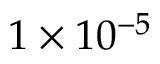
1 \times 1 0 ^ { - 5 }